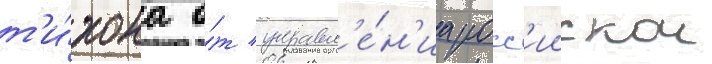
т'и́хона о́т управл'е́н'иа росс'иискои